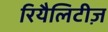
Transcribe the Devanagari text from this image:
रियैलिटीज़